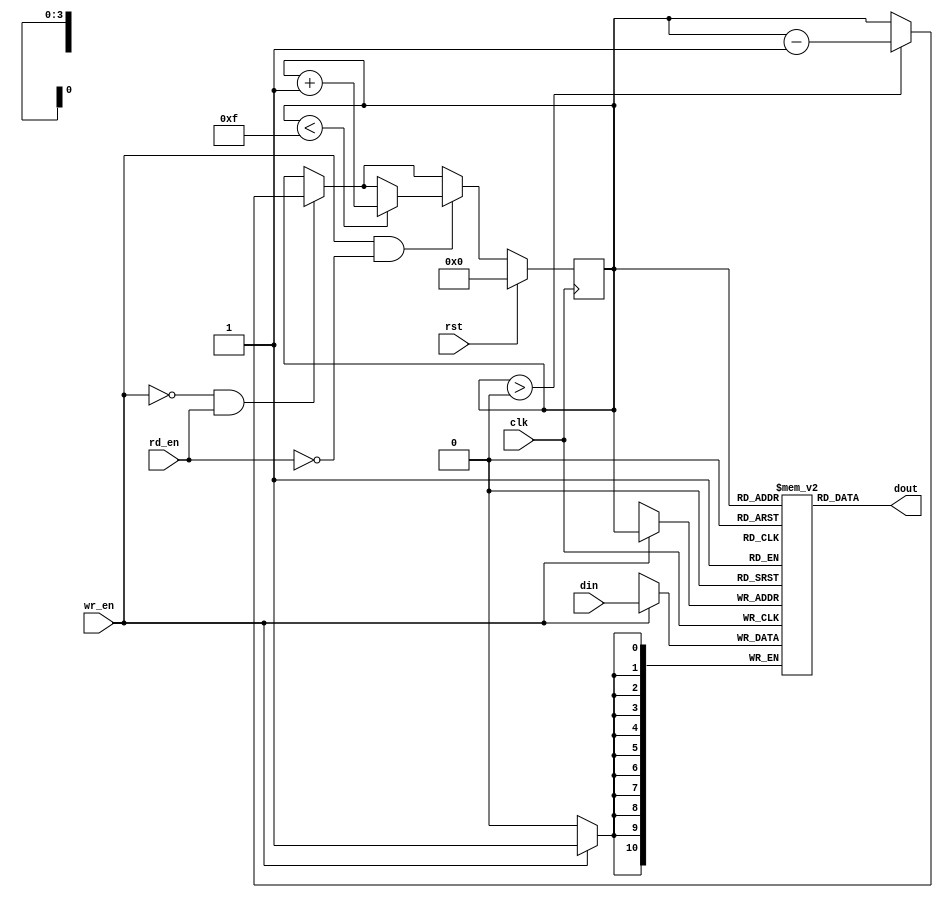
`timescale 1ns / 1ps
//////////////////////////////////////////////////////////////////////////////////
// 									PC STACK
//					(LIFO - last in, first out register array)
//////////////////////////////////////////////////////////////////////////////////
module LIFO(
    input clk,
	input rst,
    input wr_en,
    input rd_en,
    input [10:0] din,
    output [10:0] dout
    );


   // (*  RAM_STYLE="DISTRIBUTED" *)
   reg [3:0] stack_addr;	
   reg [10:0] stack [15:0];

   always@(posedge clk)
		if (rst)
			stack_addr<=0;
		else 
			 begin 
			  if (wr_en==0 && rd_en==1)  // remove item from stack
					if (stack_addr > 0)
						stack_addr <= stack_addr-1;
			  if (wr_en==1 && rd_en == 0)  // add item to stack (BEWARE: no overflow detection!!!)
					if (stack_addr<15)
						stack_addr <= stack_addr+1;
			 end
		
	always @(posedge clk)
      if (wr_en)
         stack[stack_addr] <= din;

   assign dout = stack[stack_addr];   

endmodule